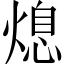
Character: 熄